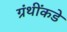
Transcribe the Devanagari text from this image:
ग्रंथींकडे